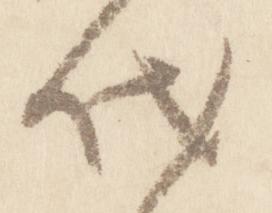
代